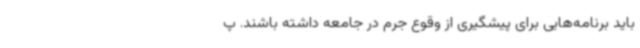
باید برنامه‌هایی برای پیشگیری از وقوع جرم در جامعه داشته باشند. پ